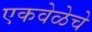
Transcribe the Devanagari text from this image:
एकवेळेचे